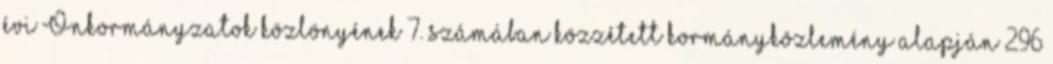
évi Önkormányzatok közlönyének 7. számában közzétett kormányközlemény alapján 296